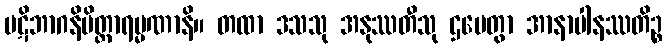
ပဋိဘာဂနိမိတ္တာရမ္မဏာနိ။ တထာ ဒသသု အနုဿတီသု ဌပေတွာ အာနာပါနဿတိဉ္စ